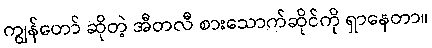
ကျွန်တော် ဆိုတဲ့ အီတလီ စားသောက်ဆိုင်ကို ရှာနေတာ။